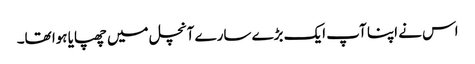
اس نے اپنا آپ ایک بڑے سارے آنچل میں چھپایا ہوا تھا۔